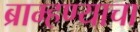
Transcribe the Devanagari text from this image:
ब्राम्हण्याचा